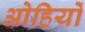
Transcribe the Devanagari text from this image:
ओहियों